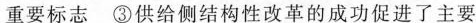
重要标志 ③供给侧结构性改革的成功促进了主要